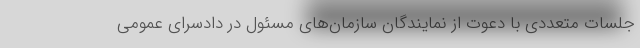
جلسات متعددی با دعوت از نمایندگان سازمان‌های مسئول در دادسرای عمومی